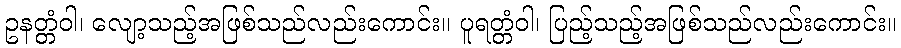
ဥနတ္တံဝါ၊ လျော့သည့်အဖြစ်သည်လည်းကောင်း။ ပူရတ္တံဝါ၊ ပြည့်သည့်အဖြစ်သည်လည်းကောင်း။